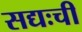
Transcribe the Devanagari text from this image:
सद्यःची